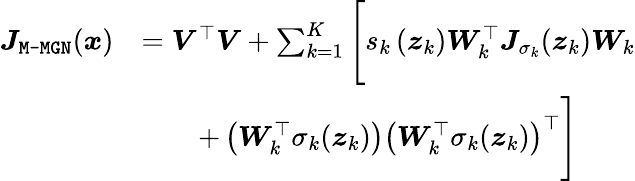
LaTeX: \begin{array}{rl}{\boldsymbol{J}_{\mathrm{\texttt{M-MGN}}}(\boldsymbol{x})}&{=\boldsymbol{V}^{\top}\boldsymbol{V}+\sum_{k=1}^{K}\Bigg[s_{k}\left(\boldsymbol{z}_{k}\right)\boldsymbol{W}_{k}^{\top}\boldsymbol{J}_{\sigma_{k}}(\boldsymbol{z}_{k})\boldsymbol{W}_{k}}\\ &{\qquad+\left(\boldsymbol{W}_{k}^{\top}\sigma_{k}(\boldsymbol{z}_{k})\right)\left(\boldsymbol{W}_{k}^{\top}\sigma_{k}(\boldsymbol{z}_{k})\right)^{\top}\Bigg]}\end{array}